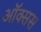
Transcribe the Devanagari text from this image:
ऑक्सस